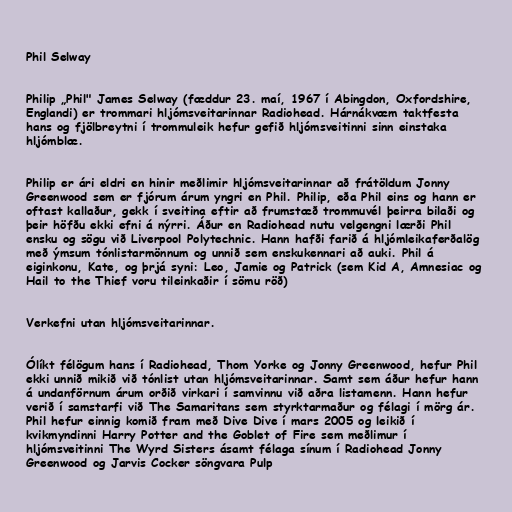
Phil Selway

Philip „Phil" James Selway (fæddur 23. maí, 1967 í Abingdon, Oxfordshire,
Englandi) er trommari hljómsveitarinnar Radiohead. Hárnákvæm taktfesta
hans og fjölbreytni í trommuleik hefur gefið hljómsveitinni sinn einstaka
hljómblæ.

Philip er ári eldri en hinir meðlimir hljómsveitarinnar að frátöldum Jonny
Greenwood sem er fjórum árum yngri en Phil. Philip, eða Phil eins og hann er
oftast kallaður, gekk í sveitina eftir að frumstæð trommuvél þeirra bilaði og
þeir höfðu ekki efni á nýrri. Áður en Radiohead nutu velgengni lærði Phil
ensku og sögu við Liverpool Polytechnic. Hann hafði farið á hljómleikaferðalög
með ýmsum tónlistarmönnum og unnið sem enskukennari að auki. Phil á
eiginkonu, Kate, og þrjá syni: Leo, Jamie og Patrick (sem Kid A, Amnesiac og
Hail to the Thief voru tileinkaðir í sömu röð)

Verkefni utan hljómsveitarinnar.

Ólíkt félögum hans í Radiohead, Thom Yorke og Jonny Greenwood, hefur Phil
ekki unnið mikið við tónlist utan hljómsveitarinnar. Samt sem áður hefur hann
á undanförnum árum orðið virkari í samvinnu við aðra listamenn. Hann hefur
verið í samstarfi við The Samaritans sem styrktarmaður og félagi í mörg ár.
Phil hefur einnig komið fram með Dive Dive í mars 2005 og leikið í
kvikmyndinni Harry Potter and the Goblet of Fire sem meðlimur í
hljómsveitinni The Wyrd Sisters ásamt félaga sínum í Radiohead Jonny
Greenwood og Jarvis Cocker söngvara Pulp